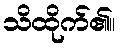
သိထိုက်၏။